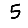
Digit: 5